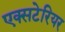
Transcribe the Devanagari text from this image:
एक्सटेरियर